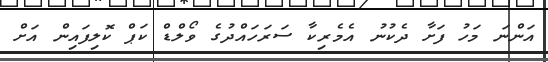
އަންނަ މަހު ފަށާ ދެކުނު އެމެރިކާ ސަަރަހައްދުގެ ވޯލްޑް ކަޕް ކޮލިފައިން އަށް